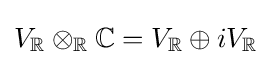
V_{\mathbb {R} }\otimes _{\mathbb {R} }\mathbb {C} =V_{\mathbb {R} }\oplus iV_{\mathbb {R} }